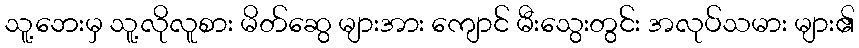
သူ့ဘေးမှ သူ့လိုလူစား မိတ်ဆွေ များအား ကျောင် မီးသွေးတွင်း အလုပ်သမား များ၏